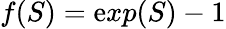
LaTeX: f(S)=\mathrm{e}xp(S)-1